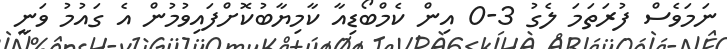
ނަމަވެސް ފުރަތަމަ ލެގު 3-0 އިން ކެމްބޯޑިއާ ކާމިޔާބުކޮށްފައިވުމުން އެ ގައުމު ވަނީ